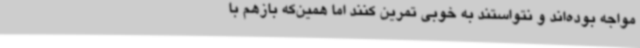
مواجه بوده‌اند و نتواستند به خوبی تمرین کنند اما همین‌که بازهم با